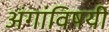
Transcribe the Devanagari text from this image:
अंगांविषयी